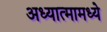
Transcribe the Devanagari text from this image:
अध्यात्मामध्ये